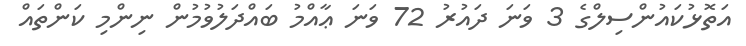
އަތޮޅުކައުންސިލްގެ 3 ވަނަ ދައުރު 72 ވަނަ ޢާއްމު ބައްދަލުވުމުން ނިންމި ކަންތައް